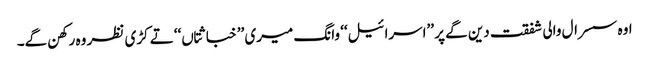
اوہ سسرال والی شفقت دین گے پر ’’اسرائیل‘‘ وانگ میری ’’خباثتاں‘‘ تے کڑی نظر وہ رکھن گے۔